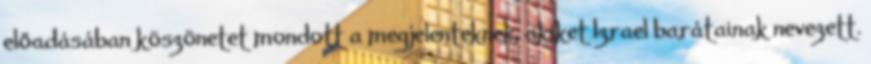
előadásában köszönetet mondott a megjelenteknek, akiket Izrael barátainak nevezett.